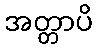
အတ္တာပိ